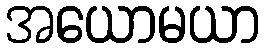
အယောမယာ